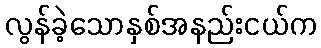
လွန်ခဲ့သောနှစ်အနည်းငယ်က